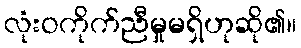
လုံးဝကိုက်ညီမှုမရှိဟုဆို၏။